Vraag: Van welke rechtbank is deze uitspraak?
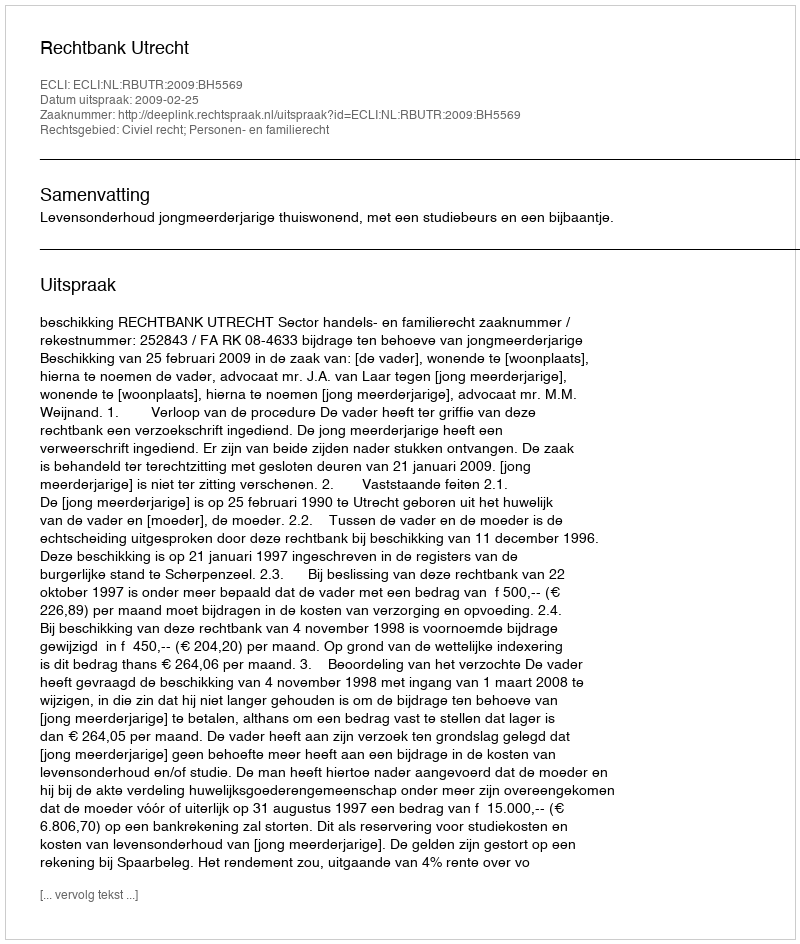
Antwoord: Rechtbank Utrecht